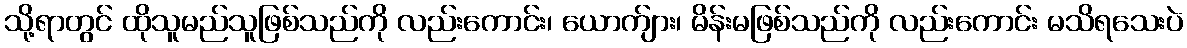
သို့ရာတွင် ထိုသူမည်သူဖြစ်သည်ကို လည်းကောင်း၊ ယောက်ျား၊ မိန်းမဖြစ်သည်ကို လည်းကောင်း မသိရသေးပဲ